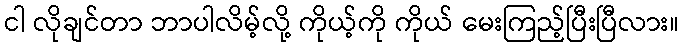
ငါ လိုချင်တာ ဘာပါလိမ့်လို့ ကိုယ့်ကို ကိုယ် မေးကြည့်ပြီးပြီလား။